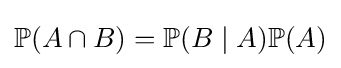
\mathbb {P} (A\cap B)=\mathbb {P} (B\mid A)\mathbb {P} (A)